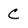
Character: C